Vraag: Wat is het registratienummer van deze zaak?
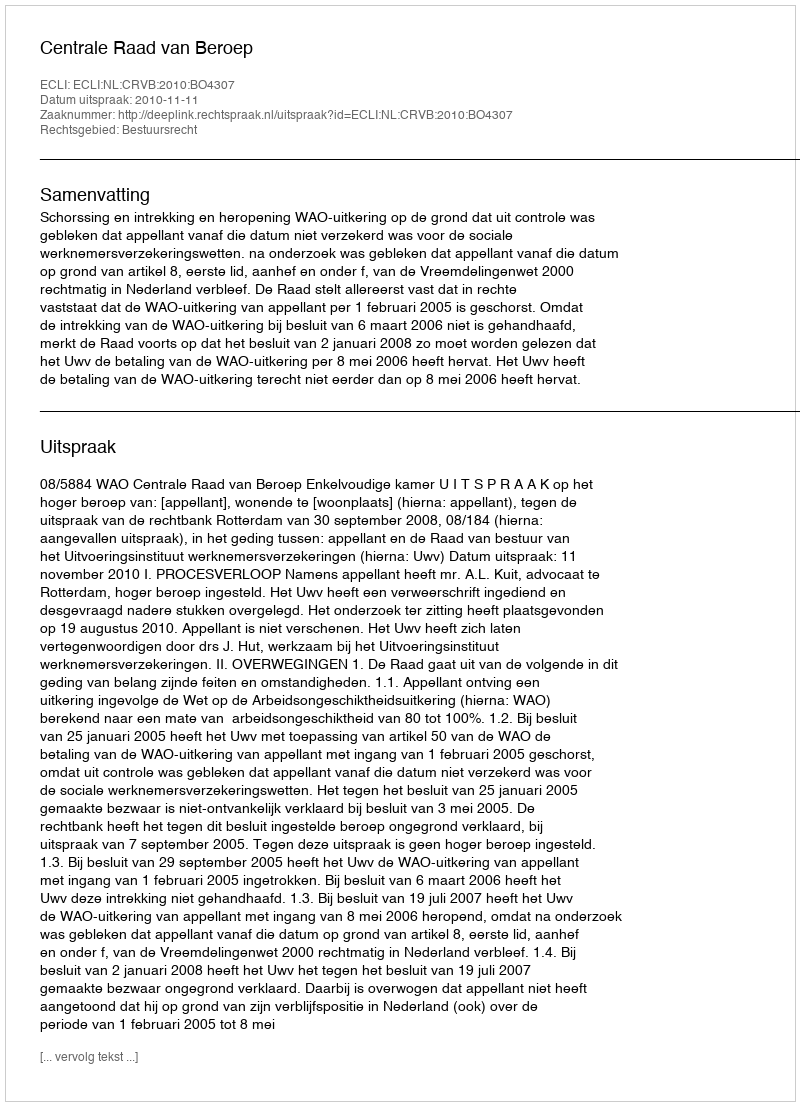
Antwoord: http://deeplink.rechtspraak.nl/uitspraak?id=ECLI:NL:CRVB:2010:BO4307